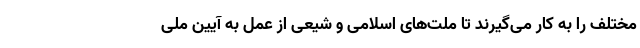
مختلف را به کار می‌گیرند تا ملت‌های اسلامی و شیعی از عمل به آیین ملی